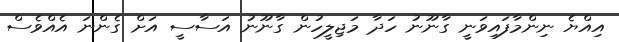
އިއްޔެ ނިންމާފައިވަނީ ގާނޫނު ހަދާ މަޖިލީހުން ގާނޫނު އަސާސީ އަށް ގެންނަ އެއްވެސް